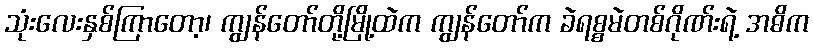
သုံးလေးနှစ်ကြာတော့၊ ကျွန်တော်တို့မြို့ထဲက ကျွန်တော်က ခဲရစ္စမဲတစ်ဂိုဏ်းရဲ့ အဓိက